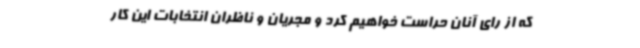
که از رای آنان حراست خواهیم کرد و مجریان و ناظران انتخابات این کار